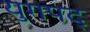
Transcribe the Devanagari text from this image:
युगपद्